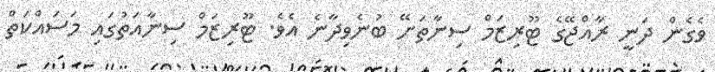
ވެގެން ދަނީ ރާއްޖޭގެ ޓޫރިޒަމް ސިނާތަށޭ ބުނެވިދާނެ އެވެ. ޓޫރިޒަމް ސިނާއަތުގައި މަސައްކަތް